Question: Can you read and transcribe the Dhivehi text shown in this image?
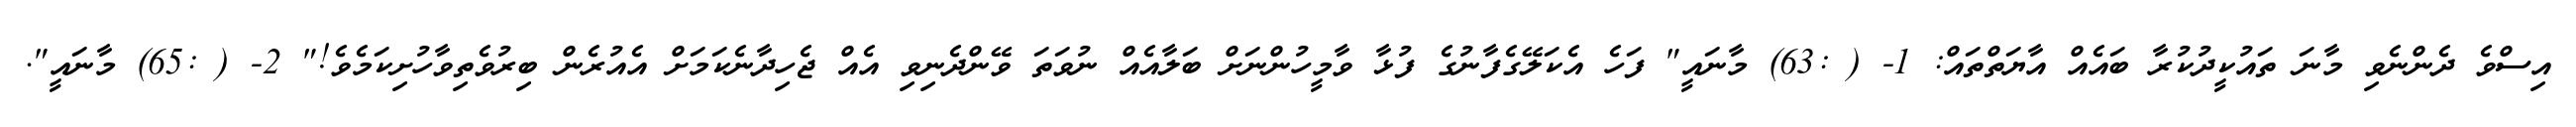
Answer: އިސްވެ ދެންނެވި މާނަ ތައުކީދުކުރާ ބައެއް އާޔަތްތައް: 1- ( :63) މާނައީ" ފަހެ އެކަލޭގެފާނުގެ ފުޅާ ވާމީހުންނަށް ބަލާއެއް ނުވަތަ ވޭންދެނިވި އެއް ޖެހިދާނެކަމަށް އެއުރެން ބިރުވެތިވާހުށިކަމެވެ!" 2- ( :65) މާނައީ".